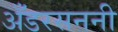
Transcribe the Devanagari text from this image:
अँडरसननी